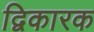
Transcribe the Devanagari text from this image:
द्विकारक